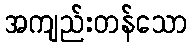
အကျည်းတန်သော